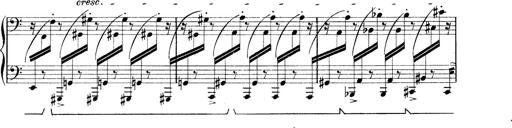
Title: Rapsodie: 19 ungheresi, 1 spagnuola
Composer: Franz Liszt